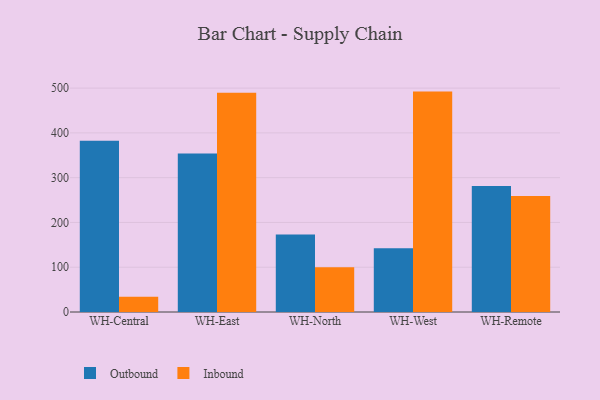
{"axis": {"x": "Warehouse", "y": "Revenue (USD Million)"}, "legend": ["Inbound", "Outbound"], "data": [{"x": "WH-Central", "y": 382.6, "type": "Outbound"}, {"x": "WH-Central", "y": 33.8, "type": "Inbound"}, {"x": "WH-East", "y": 353.9, "type": "Outbound"}, {"x": "WH-East", "y": 489.5, "type": "Inbound"}, {"x": "WH-North", "y": 172.9, "type": "Outbound"}, {"x": "WH-North", "y": 100.1, "type": "Inbound"}, {"x": "WH-West", "y": 142.3, "type": "Outbound"}, {"x": "WH-West", "y": 492.2, "type": "Inbound"}, {"x": "WH-Remote", "y": 281.3, "type": "Outbound"}, {"x": "WH-Remote", "y": 259.2, "type": "Inbound"}]}